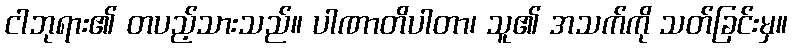
ငါဘုရား၏ တပည့်သားသည်။ ပါဏာတိပါတာ၊ သူ၏ အသက်ကို သတ်ခြင်းမှ။